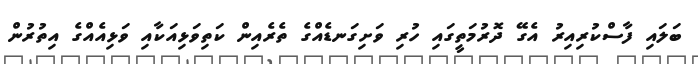
ބަލައި ފާސްކުރިއިރު އެގޭ ދޮރުމަތީގައި ހުރި ވަށިގަނޑެއްގެ ތެރެއިން ކަތިވަޅިއަކާއި ވަޅިއެއްގެ އިތުރުން